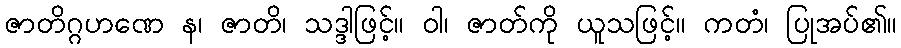
ဇာတိဂ္ဂဟဏေ န၊ ဇာတိ၊ သဒ္ဒါဖြင့်။ ဝါ၊ ဇာတ်ကို ယူသဖြင့်။ ကတံ၊ ပြုအပ်၏။